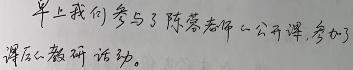
早上我们参与了陈蓉老师一公开课,参加了课后的教研活动,